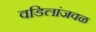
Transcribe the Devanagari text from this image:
वडिलांजवळ